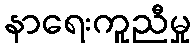
နာရေးကူညီမှု